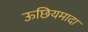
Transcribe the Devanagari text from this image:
ऊछियमादा